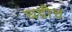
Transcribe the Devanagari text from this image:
घडीच